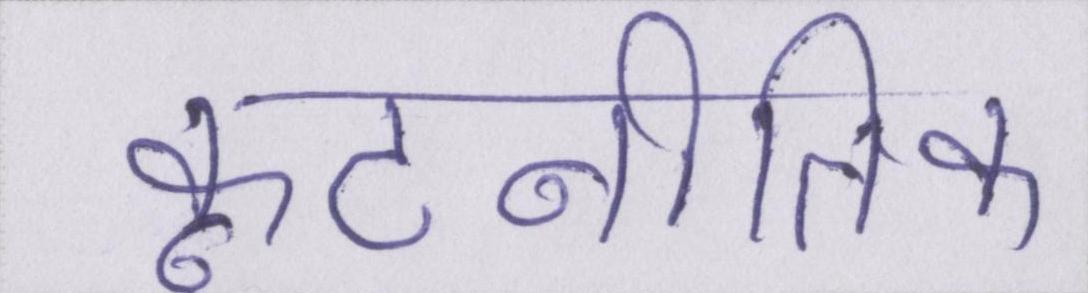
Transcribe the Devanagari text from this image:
कूटनीतिक